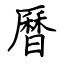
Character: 曆